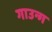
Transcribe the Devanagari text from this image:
गाउन्ग